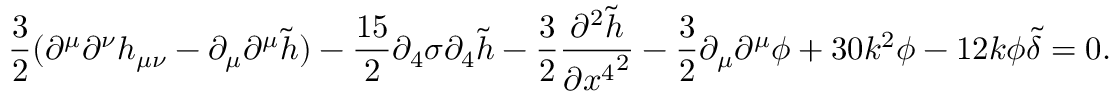
\frac { 3 } { 2 } ( \partial ^ { \mu } \partial ^ { \nu } h _ { \mu \nu } - \partial _ { \mu } \partial ^ { \mu } \tilde { h } ) - \frac { 1 5 } { 2 } \partial _ { 4 } \sigma \partial _ { 4 } \tilde { h } - \frac { 3 } { 2 } \frac { \partial ^ { 2 } \tilde { h } } { \partial { x ^ { 4 } } ^ { 2 } } - \frac { 3 } { 2 } \partial _ { \mu } \partial ^ { \mu } \phi + 3 0 k ^ { 2 } \phi - 1 2 k \phi \tilde { \delta } = 0 .